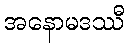
အနောမဒဿီ